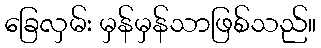
ခြေလှမ်း မှန်မှန်သာဖြစ်သည်။